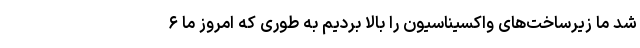
شد ما زیرساخت‌های واکسیناسیون را بالا بردیم به طوری که امروز ما ۶